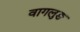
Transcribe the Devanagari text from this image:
वागलुङ